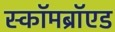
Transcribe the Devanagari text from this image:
स्कॉमब्रॉएड